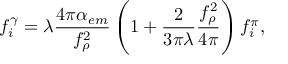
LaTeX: f _ { i } ^ { \gamma } = \lambda \frac { 4 \pi \alpha _ { e m } } { f _ { \rho } ^ { 2 } } \left( 1 + \frac { 2 } { 3 \pi \lambda } \frac { f _ { \rho } ^ { 2 } } { 4 \pi } \right) f _ { i } ^ { \pi } ,